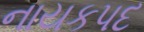
નાયકપદ